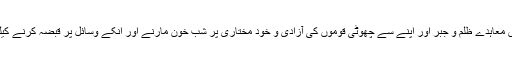
ان میں سے کچھ معاہدے نیک نیتی اور برابری کی بنیاد پر تشکیل دئیے گئے اور بعض معاہدے ظلم و جبر اور اپنے سے چھوٹی قوموں کی آزادی و خود مختاری پر شب خون مارنے اور انکے وسائل پر قبضہ کرنے کیلئے مسلمہ جمہوری اور بین الاقوامی اصولوں کو پامال کرتے ہوئے ترتیب دئیے گئے۔